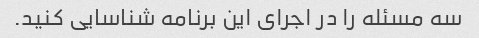
سه مسئله را در اجرای این برنامه شناسایی کنید.